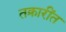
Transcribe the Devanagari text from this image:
तक्रारींत